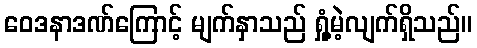
ဝေဒနာဒဏ်ကြောင့် မျက်နှာသည် ရှုံ့မဲ့လျက်ရှိသည်။